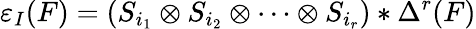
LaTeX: \varepsilon_{I}(F)=(S_{i_{1}}\otimes S_{i_{2}}\otimes\cdots\otimes S_{i_{r}})*\Delta^{r}(F)